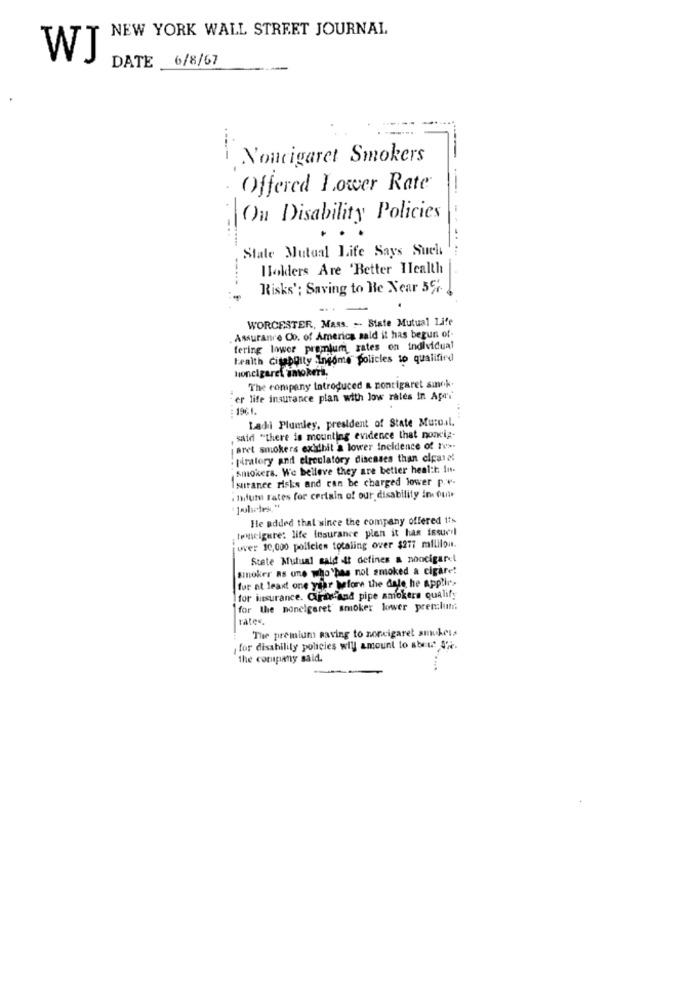
NEW YORK WALL STREET JOURNAL
WJ
6/8/67
DATE
Noucigaret Smokers
----
Offered Lower Rate
On Disability Policies
State Mutual Life Says Such
---
Holders Are 'Better Health
Risks'; Saving to He Near 5%
WORCESTER, Mass. -- State Mutual Life
Assurance Oo. of America sald it has begun of
fering lower premium, gates on individual
Health Citablity :Income policies to qualifin
honcigaret imokers.
The company Introduced & montigaret sinck.
er life insurance plan with low rales In Aper
: 1961.
Ladi Plumley, president of State Muro.il.
, said "there is mounting evidence that nomig-
jaret smokers exithit a lower incidence of tv>.
.piratory and elroulatory diseases than elpanel
smokers. We believe they are better heal:t Int.
Isurance risks and can be charged lower p.v.
. malum rates for certain of our disability in our
He added that since the company offered tts
tomeigute: life fusurance plen it has issued
uver 10,000 policies totaling over $277 mililon.
State Mutual said it defines a noncigaret
smoker as une who has not smoked a cigaret
for at least one year before the dale he applir.
for insurance. Cifar and pipe amokers qualify
for the nonelgeret smoker lower prenslut
rates.
The premium saving to noncigaret smukess
, for disability policies will amount to about sie.
the company said.